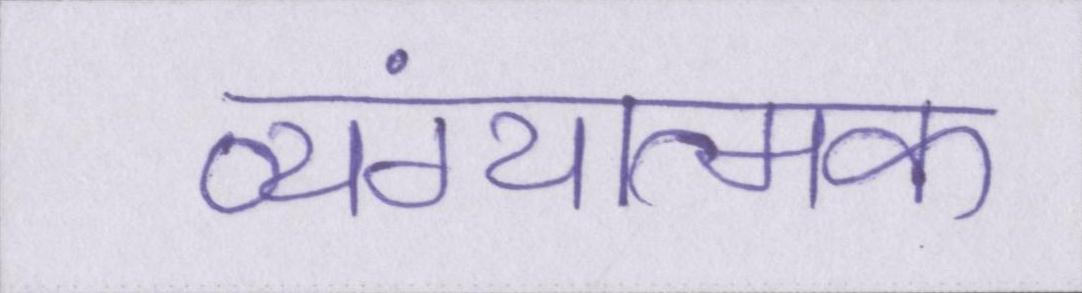
व्यंग्यात्मक